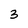
Character: 3